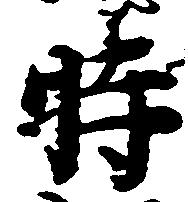
時